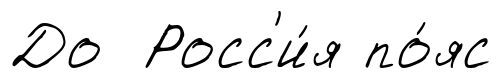
До Росс'и́я по́яс